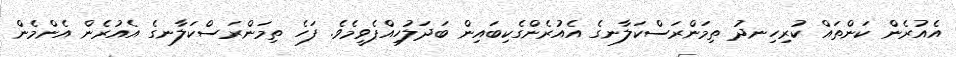
އެއުރެން ކަންތައް ކުރިހިނދު ތިމަންރަސްކަލާނގެ އެއުރެންގެކިބައިން ބަދަލުހިއްޕެވީމެވެ. ފަހެ ތިމަންރަސްކަލާނގެ އެއުރެން އެންމެން